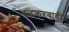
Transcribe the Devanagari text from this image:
थळकरवाडी